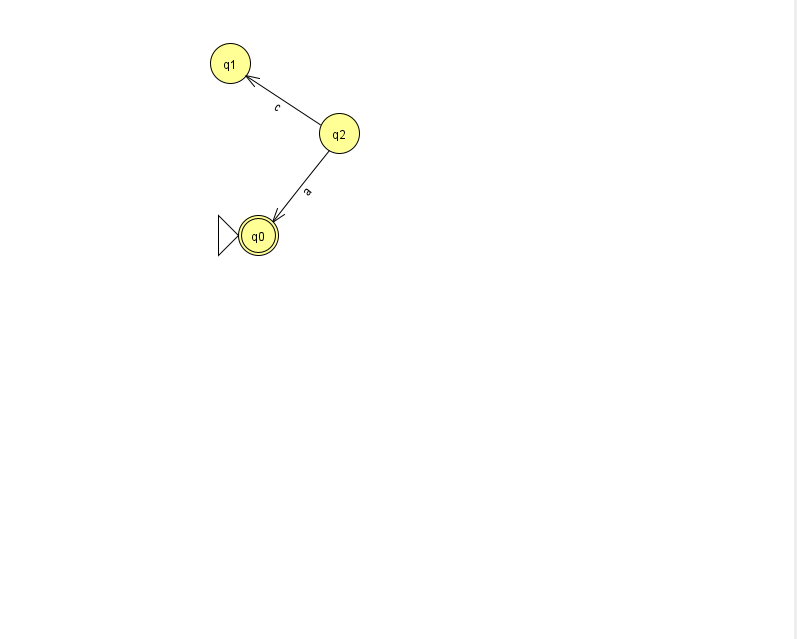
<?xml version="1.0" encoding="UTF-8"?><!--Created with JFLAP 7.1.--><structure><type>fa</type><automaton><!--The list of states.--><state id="0" name="q0"><x>258.0</x><y>222.0</y><initial/><final/></state><state id="1" name="q1"><x>230.0</x><y>50.0</y></state><state id="2" name="q2"><x>339.0</x><y>120.0</y></state><!--The list of transitions.--><transition><from>2</from><to>1</to><read>c</read></transition><transition><from>2</from><to>0</to><read>a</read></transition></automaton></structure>